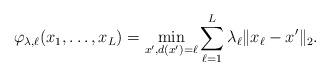
LaTeX: \begin{align*}\varphi_{\lambda, \ell}(x_1, \dotsc, x_L) = \min_{x', d(x') = \ell} \sum_{\ell=1}^{L} \lambda_\ell \| x_\ell - x' \|_{2}.\end{align*}